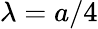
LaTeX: \lambda=a/4